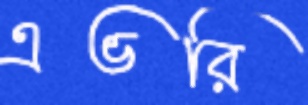
এভরি